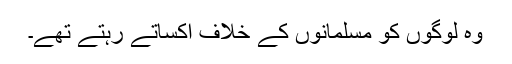
وہ لوگوں کو مسلمانوں کے خلاف اکساتے رہتے تھے۔